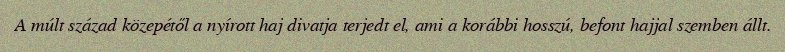
A múlt század közepétől a nyírott haj divatja terjedt el, ami a korábbi hosszú, befont hajjal szemben állt.